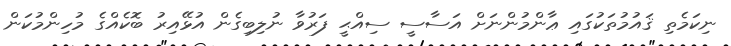
ނިކަމެތި ޤައުމުތަކުގައި ޢާންމުންނަށް އަސާސީ ސިއްޙީ ފަރުވާ ނުލިބިގެން އުޅޭއިރު ބޮކެއްގެ މުހިންމުކަން